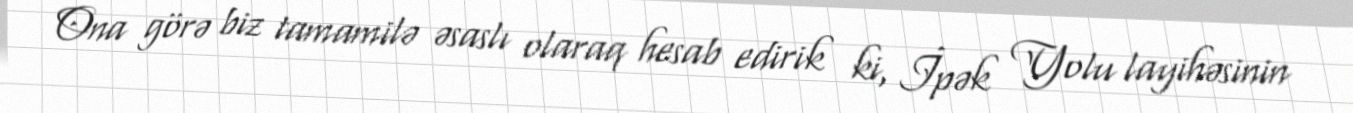
Ona görə biz tamamilə əsaslı olaraq hesab edirik ki, İpək Yolu layihəsinin